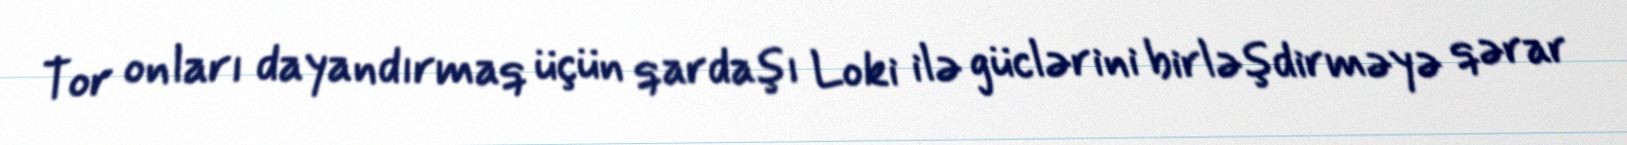
Tor onları dayandırmaq üçün qardaşı Loki ilə güclərini birləşdirməyə qərar